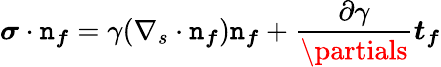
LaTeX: \boldsymbol{\sigma}\cdot\boldsymbol{\mathtt{n}_{f}}=\gamma(\nabla_{s}\cdot\boldsymbol{\mathtt{n}_{f}})\boldsymbol{\mathtt{n}_{f}}+\frac{{\partial\gamma}}{{\partials}}\boldsymbol{t_{f}}